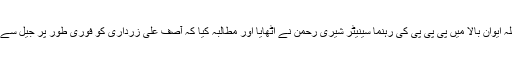
واضح رہے کہ یہ معاملہ ایوان بالا میں پی پی پی کی رہنما سینیٹر شیری رحمٰن نے اٹھایا اور مطالبہ کیا کہ آصف علی زرداری کو فوری طور پر جیل سے ہسپتال منتقل کیا جائے۔